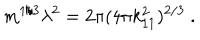
m ^ { 1 / 3 } \lambda ^ { 2 } = 2 \pi ( 4 \pi k _ { 1 1 } ^ { 2 } ) ^ { 2 / 3 } \ .